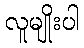
လူမျိုးပါ